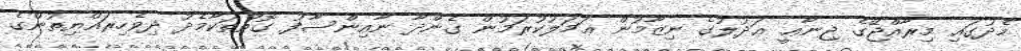
މެދުގައި މިރާއްޖޭގެ ޖިނާޢީ ޢަދުލުގެ ނިޒާމުން ޢަމަލުކުރަމުން ގެންދާ ނާއިންސާފު ގޮތްތަކާމެދު ދިވެހިރައްޔިތުންގެ